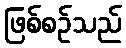
ဖြစ်စဉ်သည်